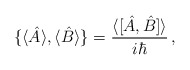
\begin{align*} \{\langle\hat{A}\rangle,\langle\hat{B}\rangle\}=\frac{\langle[\hat{A},\hat{B}]\rangle}{i\hbar}\,,\end{align*}